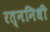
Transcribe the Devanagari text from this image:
रत्‍ननिधी